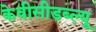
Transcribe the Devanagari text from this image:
केवीसीडब्ल्यू